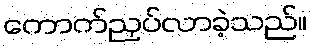
ကောက်ညှပ်လာခဲ့သည်။